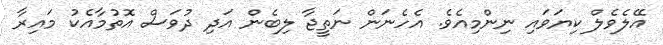
އޭލެވެލް ކިޔަވައި ނިންމިއެވެ. އެހެނަން ނަތީޖާ ލިބެން އަދި ދުވަސް އޮތުމާއެކު މައިރާ